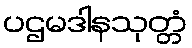
ပဌမဒါနသုတ္တံ